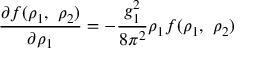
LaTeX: \frac { \partial f ( \rho _ { 1 } , ~ \rho _ { 2 } ) } { \partial \rho _ { 1 } } = - \frac { g _ { 1 } ^ { 2 } } { 8 \pi ^ { 2 } } \rho _ { 1 } f ( \rho _ { 1 } , ~ \rho _ { 2 } )